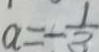
a = - \frac { 1 } { 3 }